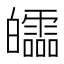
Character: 𤾻